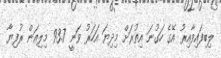
ލިބިފައިވާއިރު އޭގެ ހަގުނަ އިތުރަށް މިދިޔަ އަހަރު ވަނީ 93.7 މިލިއަން ރުފިޔާ